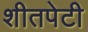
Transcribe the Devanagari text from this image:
शीतपेटी